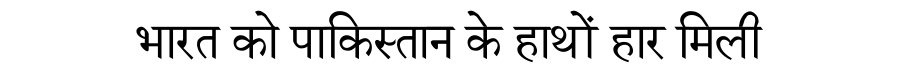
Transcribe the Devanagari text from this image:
भारत को पाकिस्तान के हाथों हार मिली